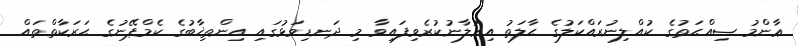
ޢާންމު ޞިއްޙަތުގެ ކުއްލިނުރައްކަލުގެ ޙާލަތު އިޢުލާނުކުރެވިފައިވާ މި ދަނޑިވަޅުގައި އިންތިޚާބުގެ ކެމްޕޭނުގެ ޙަރަކާތްތައް